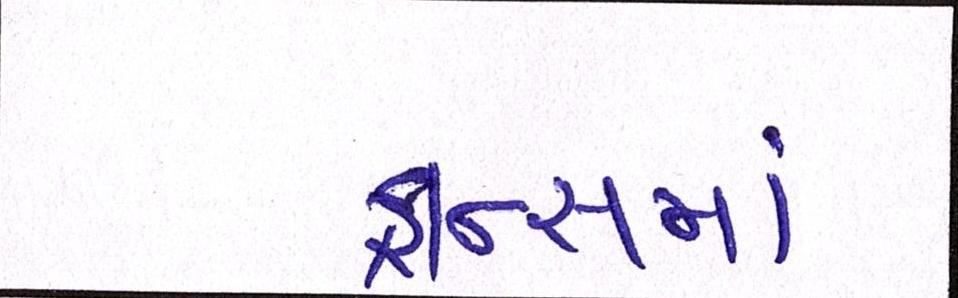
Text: ફ્રાન્સમાં